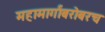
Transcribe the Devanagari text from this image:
महामार्गांबरोबरच